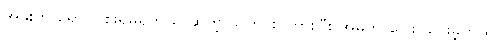
အဖိုးက ရောဂါ စိုးရိမ်ရတယ် ဆိုတဲ့ သတင်း ကြားပြီး အိမ်ကို ပြေး သွားခဲ့တယ်။